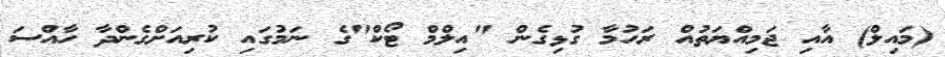
(މައިލް) އާއި ޖަމިއްޔަތުއް ރަހުމާ ގުޅިގެން "އިލްމް ޓޯކް"ގެ ނަމުގައި ކުރިއަށްގެންދާ ހާއްސަ